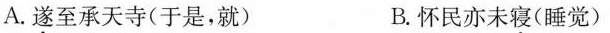
A.遂至承天寺(于是，就) B.怀民亦未寝(睡觉)